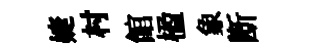
婕村館楹象㫁